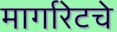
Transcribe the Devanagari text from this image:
मार्गारेटचे